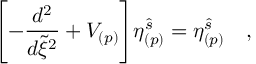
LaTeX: \Biggl [ - { \frac { d ^ { 2 } } { d \tilde { \xi } ^ { 2 } } } + V _ { ( p ) } \Biggl ] \eta _ { ( p ) } ^ { \hat { s } } = \eta _ { ( p ) } ^ { \hat { s } } \quad ,